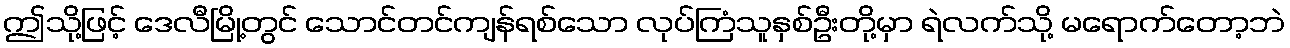
ဤသို့ဖြင့် ဒေလီမြို့တွင် သောင်တင်ကျန်ရစ်သော လုပ်ကြံသူနှစ်ဦးတို့မှာ ရဲလက်သို့ မရောက်တော့ဘဲ